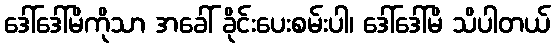
ဒေါ်ဒေါ်မိကိုသာ အခေါ် ခိုင်းပေးစမ်းပါ၊ ဒေါ်ဒေါ်မိ သိပါတယ်